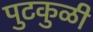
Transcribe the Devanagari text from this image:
पुटकुळी